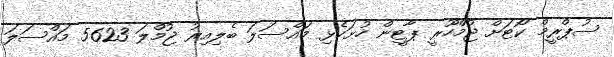
ސުޕްރީމް ކޯޓަށް ޖުމްހޫރީ ޕާޓީން ހުށަހެޅި މައްސަލަ ބެލިއިރު ޖުމްލަ 5623 މައްސަލަ